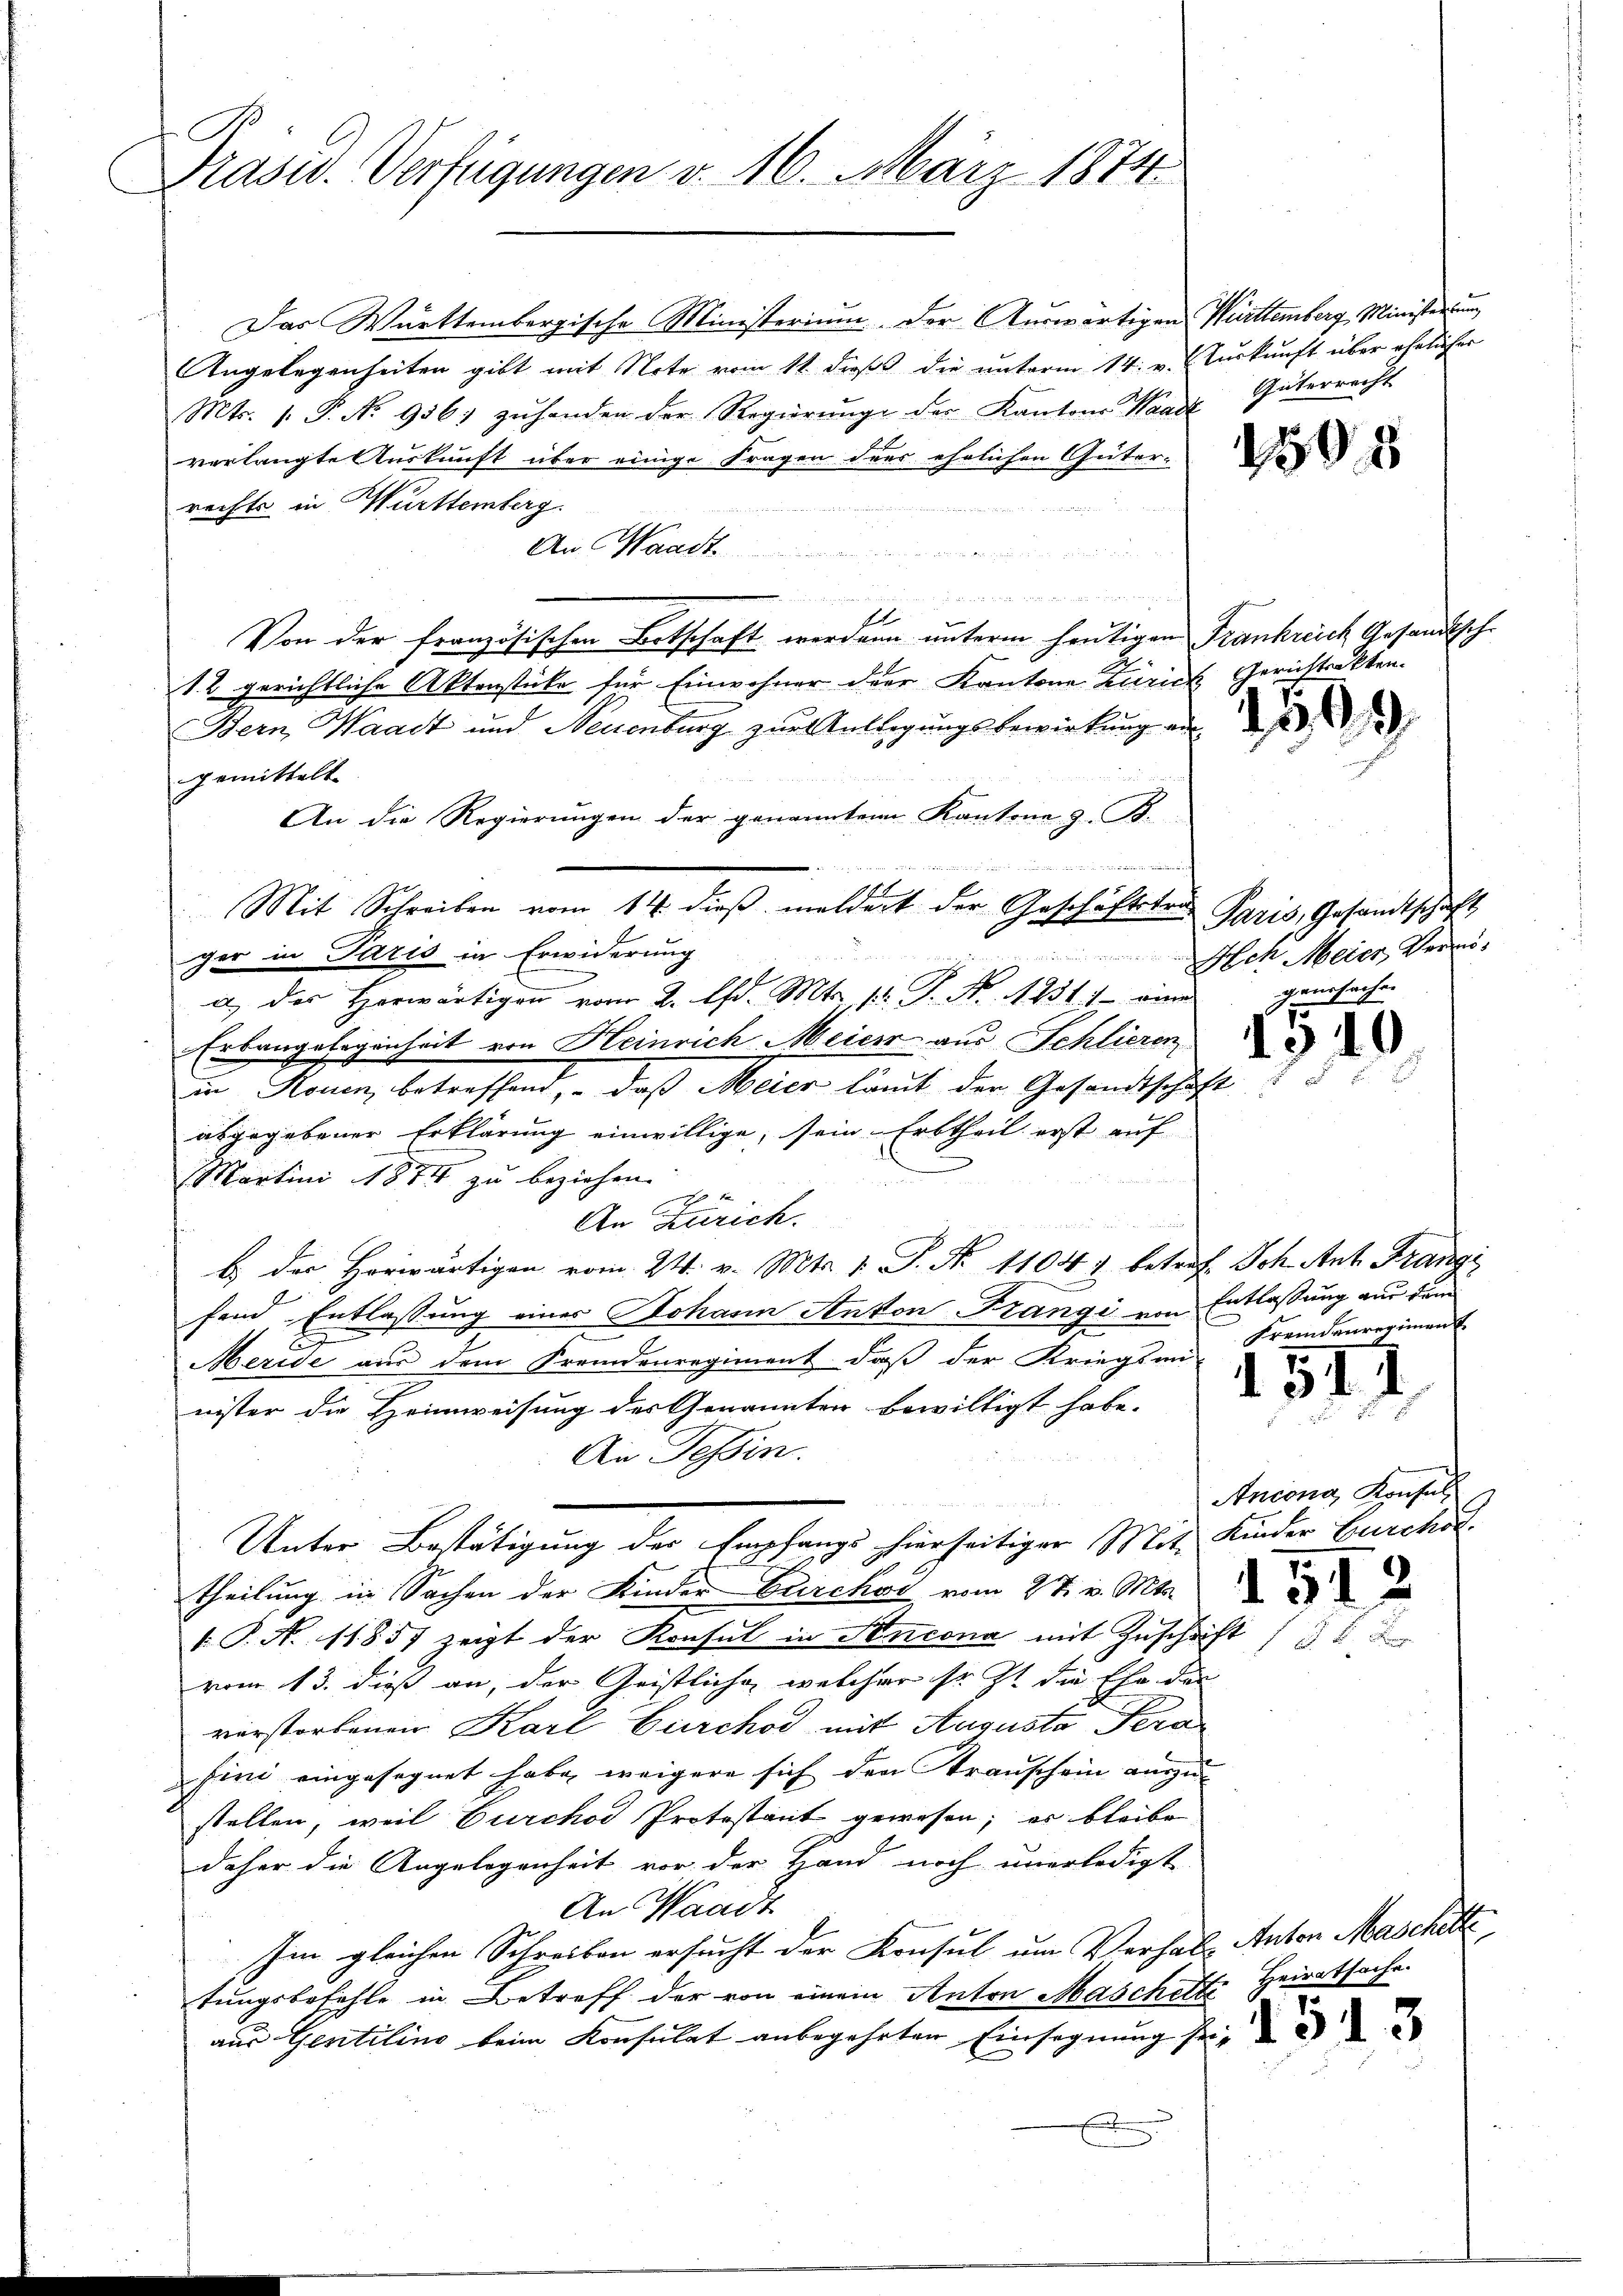
f
Präsid. Verfügungen v. 16. März 1874.

Das Württembergische Ministerium. Der Auswärtigen Württemberg, Ministerium
Angelegenheiten gibt mit Note vom 11. dieß die unterm 14. v. Auskunft über ehelicher
Mts. 1. P. No 956; zŭhanden der Regierŭng der Kantons Waadt, Güterrecht
verlangte Auskunft über einige Fragen des ehelichen Güter-
rechts in Württemberg.
An Waadt
n
11.
Von der französischen Betschaft werden unterm heutigen Frankreich Gesandtsche
12 gerichtliche Aktenstücke für Einwohner der Kantone Zürich, Gerichtsakten.
Bern Haack und Neuenburg zur Entlegungsbewirkung an d
gemittelt.
An die Regierungen der genannten Kantone z. B.
r. reich
ger in Paris in Erwiderung
a.) des Herwärtigen vom 2. Ad. Mts. pr. P. Nr. 1231:) - eine
Erbangelegenheit von Heinrich Meier aus Schlieren
in Rouen, betreffend, – daß Meier kommt der Gesandtschaft
abgegebener Erklärung einwillige, sein Erbtheil erst auf
Martini 1874 zu beziehen.
1
An Zürich.
b. der Horwärtigen vom 24. v. Mts. 1. P. Nr. 1104. betref Ich Ant. Frangi
fand, Entlassung einer Johann Anton Frangi von Entlassung aus dem
Meride aus dem Fremdenregiment, daß der Kriegsan-
nister die Heimweisung des Genannten bewilligt habe.
An Tessin.
Unter Bestätigung der Empfangs hierseitiger Mit Kinder Burcko
theilung in Sachen der Kinder Burckow vom 27. v. Mts.
 P. N. 11857 zeigt der Konsul in Stucona mit Zuschrift
vom 13. dieß an, der Geistliche, welcher sr. Zt. die Ehe der
verstorbenen Karl Burchod mit Auguste Pera
fini eingesegnet habe, weigere sich den Transchein anzu-
stellen, weil Burckod Protestant gewesen; er bleibe
daher die Angelegenheit vor der Hand noch unerledigt
An Waadt
Im gleichen Schreiben ersucht der Konsul um Verhals Anton Maschitte
tungsbefehle in Betreff der von einem Anton Maschelt Heiratsache
aus Gentilino beim Konsulat anbegehrten Einsegnung seif
f

Mit Schreiben vom 14. dieβ meldert der Geschäftstra Paris, Gesandtschaft

1595

Ach Meier, Bern,
geursachen

15.

1511

)

Fremdenregiment

Ancona, Konsul

1513